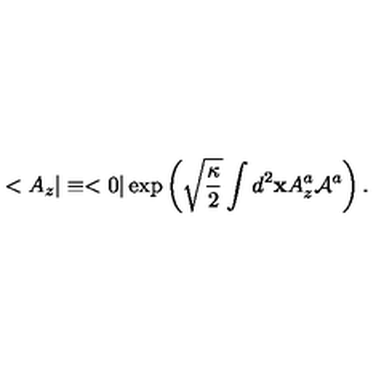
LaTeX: < A _ { z } \vert \equiv < 0 \vert \exp \left( \sqrt { \frac { \kappa } { 2 } } \int d ^ { 2 } { \bf x } A _ { z } ^ { a } { \cal A } ^ { a } \right) .